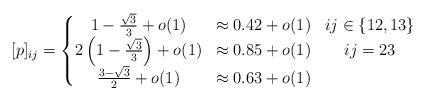
LaTeX: \begin{align*} [p]_{ij} = \left\{ \begin{matrix} 1 - \frac{\sqrt3}{3} + o(1) & \approx 0.42 + o(1) & ij \in \{12, 13\} \\ 2\left( 1 - \frac{\sqrt3}{3} \right) + o(1) & \approx 0.85 + o(1) & ij = 23 \\ \frac{3 - \sqrt{3}}{2} + o(1) & \approx 0.63 + o(1) & \end{matrix} \right.\end{align*}